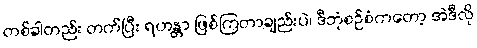
တစ်ခါတည်း တက်ပြီး ရဟန္တာ ဖြစ်ကြတာချည်းပဲ၊ ဒီဘုံစဉ်စံကတော့ အဲဒီလို